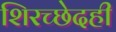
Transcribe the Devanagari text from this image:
शिरच्छेदही